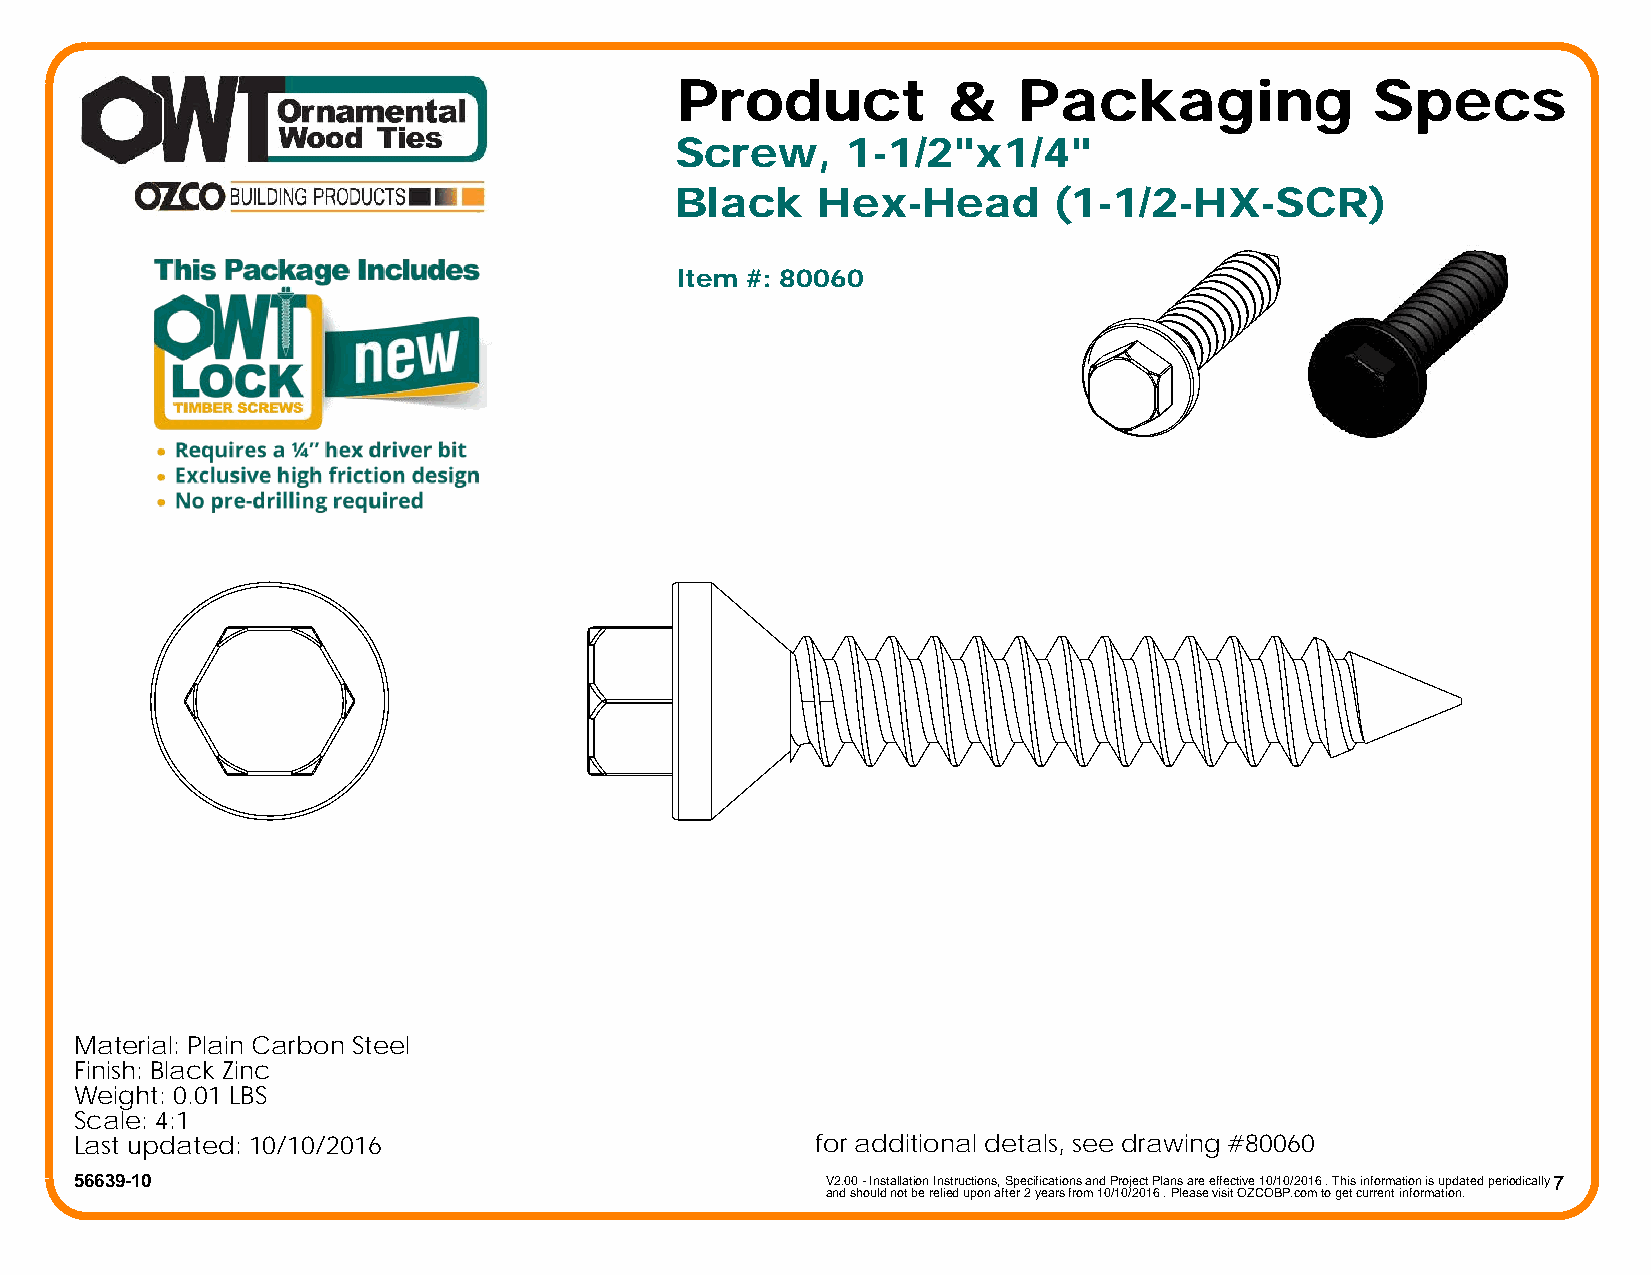
Product           &   Packaging               Specs
 Screw,     1-1/2"x1/4"
 Black    Hex-Head        (1-1/2-HX-SCR)
 Item #: 80060
 Material: Plain Carbon Steel
 Finish: Black Zinc
 Weight: 0.01 LBS
 Scale: 4:1
 Last updated: 10/10/2016                         for additional detals, see drawing #80060
 56639-10                                          V2.00 - Installation Instructions, Specifications and Project Plans are effective 10/10/2016 . This information is updated periodically 7
 and should not be relied upon after 2 years from 10/10/2016 . Please visit OZCOBP.com to get current information.